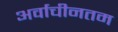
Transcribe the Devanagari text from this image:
अर्वाचीनतम